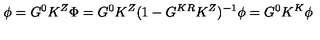
\phi = G ^ { 0 } K ^ { Z } \Phi = G ^ { 0 } K ^ { Z } ( 1 - G ^ { K R } K ^ { Z } ) ^ { - 1 } \phi = G ^ { 0 } K ^ { K } \phi